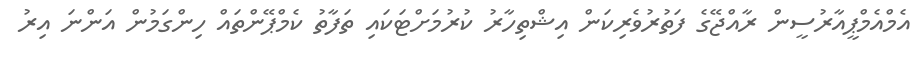
އެމްއެމްޕީއާރުސީން ރާއްޖޭގެ ފަތުރުވެރިކަން އިޝްތިހާރު ކުރުމަށްޓަކައި ތަފާތު ކެމްޕޭންތައް ހިންގަމުން އަންނަ އިރު